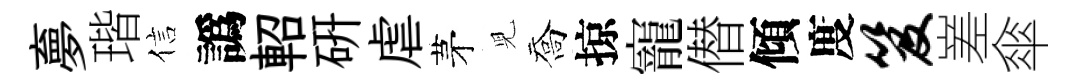
夣瑎信譌軺研虐茅児喬掠寵僣傾度笈嵳傘